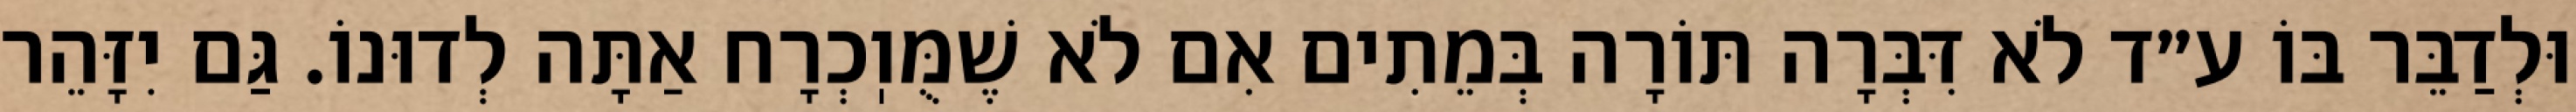
וּלְדַבֵּר בּוֹ ע״ד לֹא דִּבְּרָה תּוֹרָה בְּמֵתִים אִם לֹא שֶׁמֻּוֽכְרָח אַתָּה לְדוּנוֹ. גַּם יִזָּהֵר